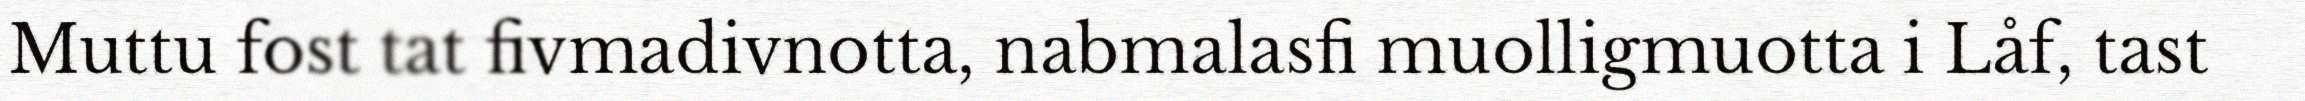
Muttu fost tat fivmadivnotta, nabmalasfi muolligmuotta i Låf, tast